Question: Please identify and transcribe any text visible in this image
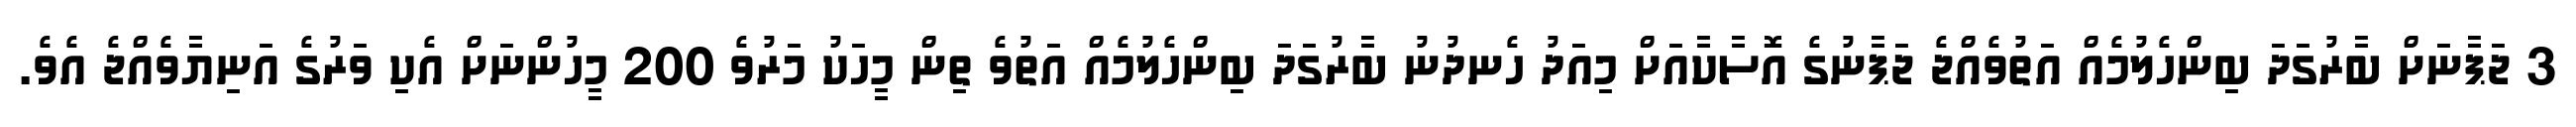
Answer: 3 ޖަޕާނަށް ބާރުގަދަ ބިންހެލުމެއް އަތުވެއްޖެ ޖަޕާނުގެ އޮސާކާއަށް މިއަދު ހެނދުނު ބާރުގަދަ ބިންހެލުމެއް އަތުވެ ތިން މީހަކު މަރުވެ 200 މީހުންނަށް އެކި ވަރުގެ އަނިޔާވެއްޖެ އެވެ.